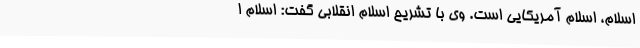
اسلام، اسلام آمریکایی است. وی با تشریح اسلام انقلابی گفت: اسلام ا